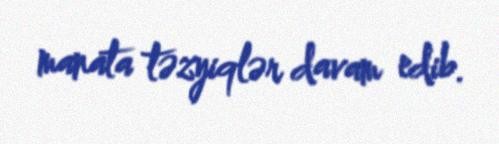
manata təzyiqlər davam edib.